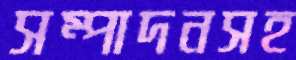
সম্পাদনসহ